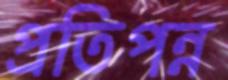
প্রতিপন্ন